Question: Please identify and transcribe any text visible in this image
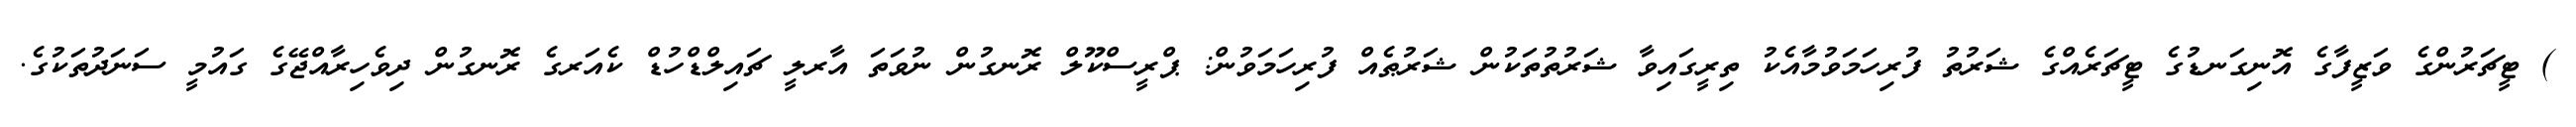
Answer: ) ޓީޗަރުންގެ ވަޒީފާގެ އޮނިގަނޑުގެ ޓީޗަރެއްގެ ޝަރުތު ފުރިހަމަވުމާއެކު ތިރީގައިވާ ޝަރުތުތަކުން ޝަރުޠެއް ފުރިހަމަވުން: ޕްރީސްކޫލް ރޮނގުން ނުވަތަ އާރލީ ޗައިލްޑްހުޑް ކެއަރގެ ރޮނގުން ދިވެހިރާއްޖޭގެ ގައުމީ ސަނަދުތަކުގެ.